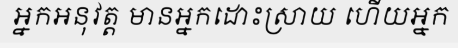
អ្នកអនុវត្ត មានអ្នកដោះស្រាយ ហើយអ្នក